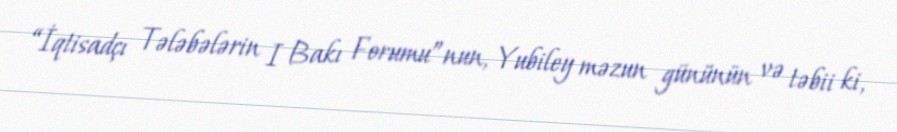
“İqtisadçı Tələbələrin I Bakı Forumu”nun, Yubiley məzun gününün və təbii ki,